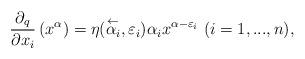
LaTeX: \begin{align*}\frac{\partial_q}{\partial x_i}\left(x^\alpha\right)=\eta(\stackrel{\leftarrow}{\alpha_i},\varepsilon_i )\alpha_ix^{\alpha-\varepsilon_i} \ (i=1,...,n),\end{align*}